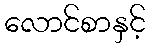
လောင်စာနှင့်